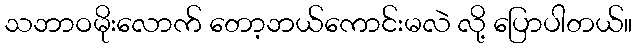
သဘာဝမိုးလောက် တော့ဘယ်ကောင်းမလဲ လို့ ပြောပါတယ်။